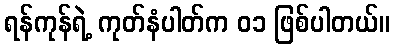
ရန်ကုန်ရဲ့ ကုတ်နံပါတ်က ၀၁ ဖြစ်ပါတယ်။